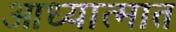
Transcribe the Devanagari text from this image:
आध्यात्मात